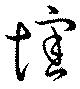
懐